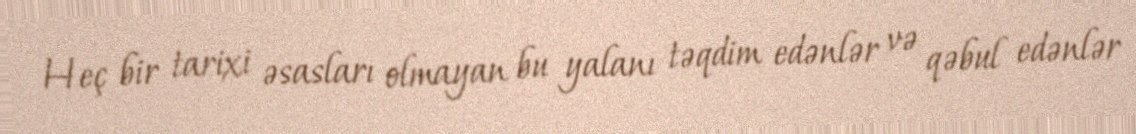
Heç bir tarixi əsasları olmayan bu yalanı təqdim edənlər və qəbul edənlər